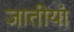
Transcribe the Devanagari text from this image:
जातीयां